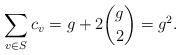
LaTeX: \begin{align*}\sum_{v \in S} c_v = g + 2\binom{g}{2} = g^2.\end{align*}